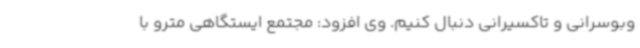
وبوسرانی و تاکسیرانی دنبال کنیم. وی افزود: مجتمع ایستگاهی مترو با